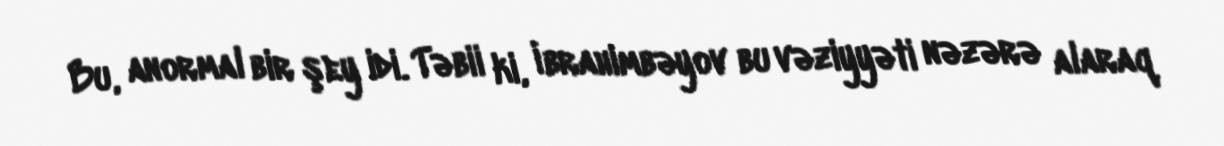
Bu, anormal bir şey idi. Təbii ki, İbrahimbəyov bu vəziyyəti nəzərə alaraq